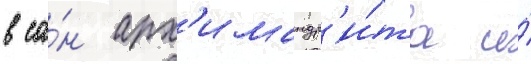
в са́н арх'имандр'и́та и́